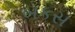
બકસ